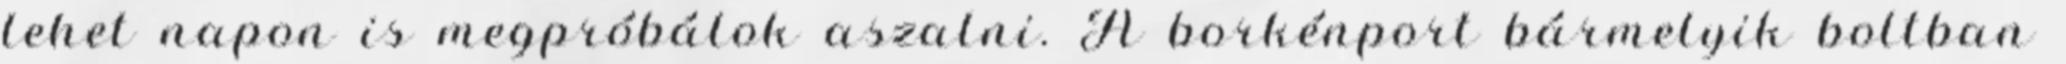
lehet napon is megpróbálok aszalni. A borkénport bármelyik boltban